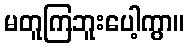
မတူကြဘူးပေါ့ကွာ။